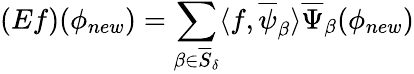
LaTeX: (Ef)(\mathbf{\phi}_{new})=\sum_{\beta\in\overline{{S}}_{\delta}}\langle f,\overline{{\psi}}_{\beta}\rangle\overline{{\Psi}}_{\beta}(\mathbf{\phi}_{new})